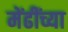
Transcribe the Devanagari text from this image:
मेंढींच्या